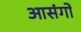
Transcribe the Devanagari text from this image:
आसंगों